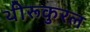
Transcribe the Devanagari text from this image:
थीरूकुरल